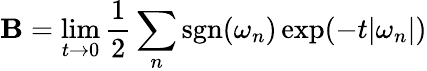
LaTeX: \mathbf{B}=\operatorname*{lim}_{t\to0}{\frac{{1}}{{2}}}\sum_{n}\operatorname{sgn}(\omega_{n})\exp(-t|\omega_{n}|)